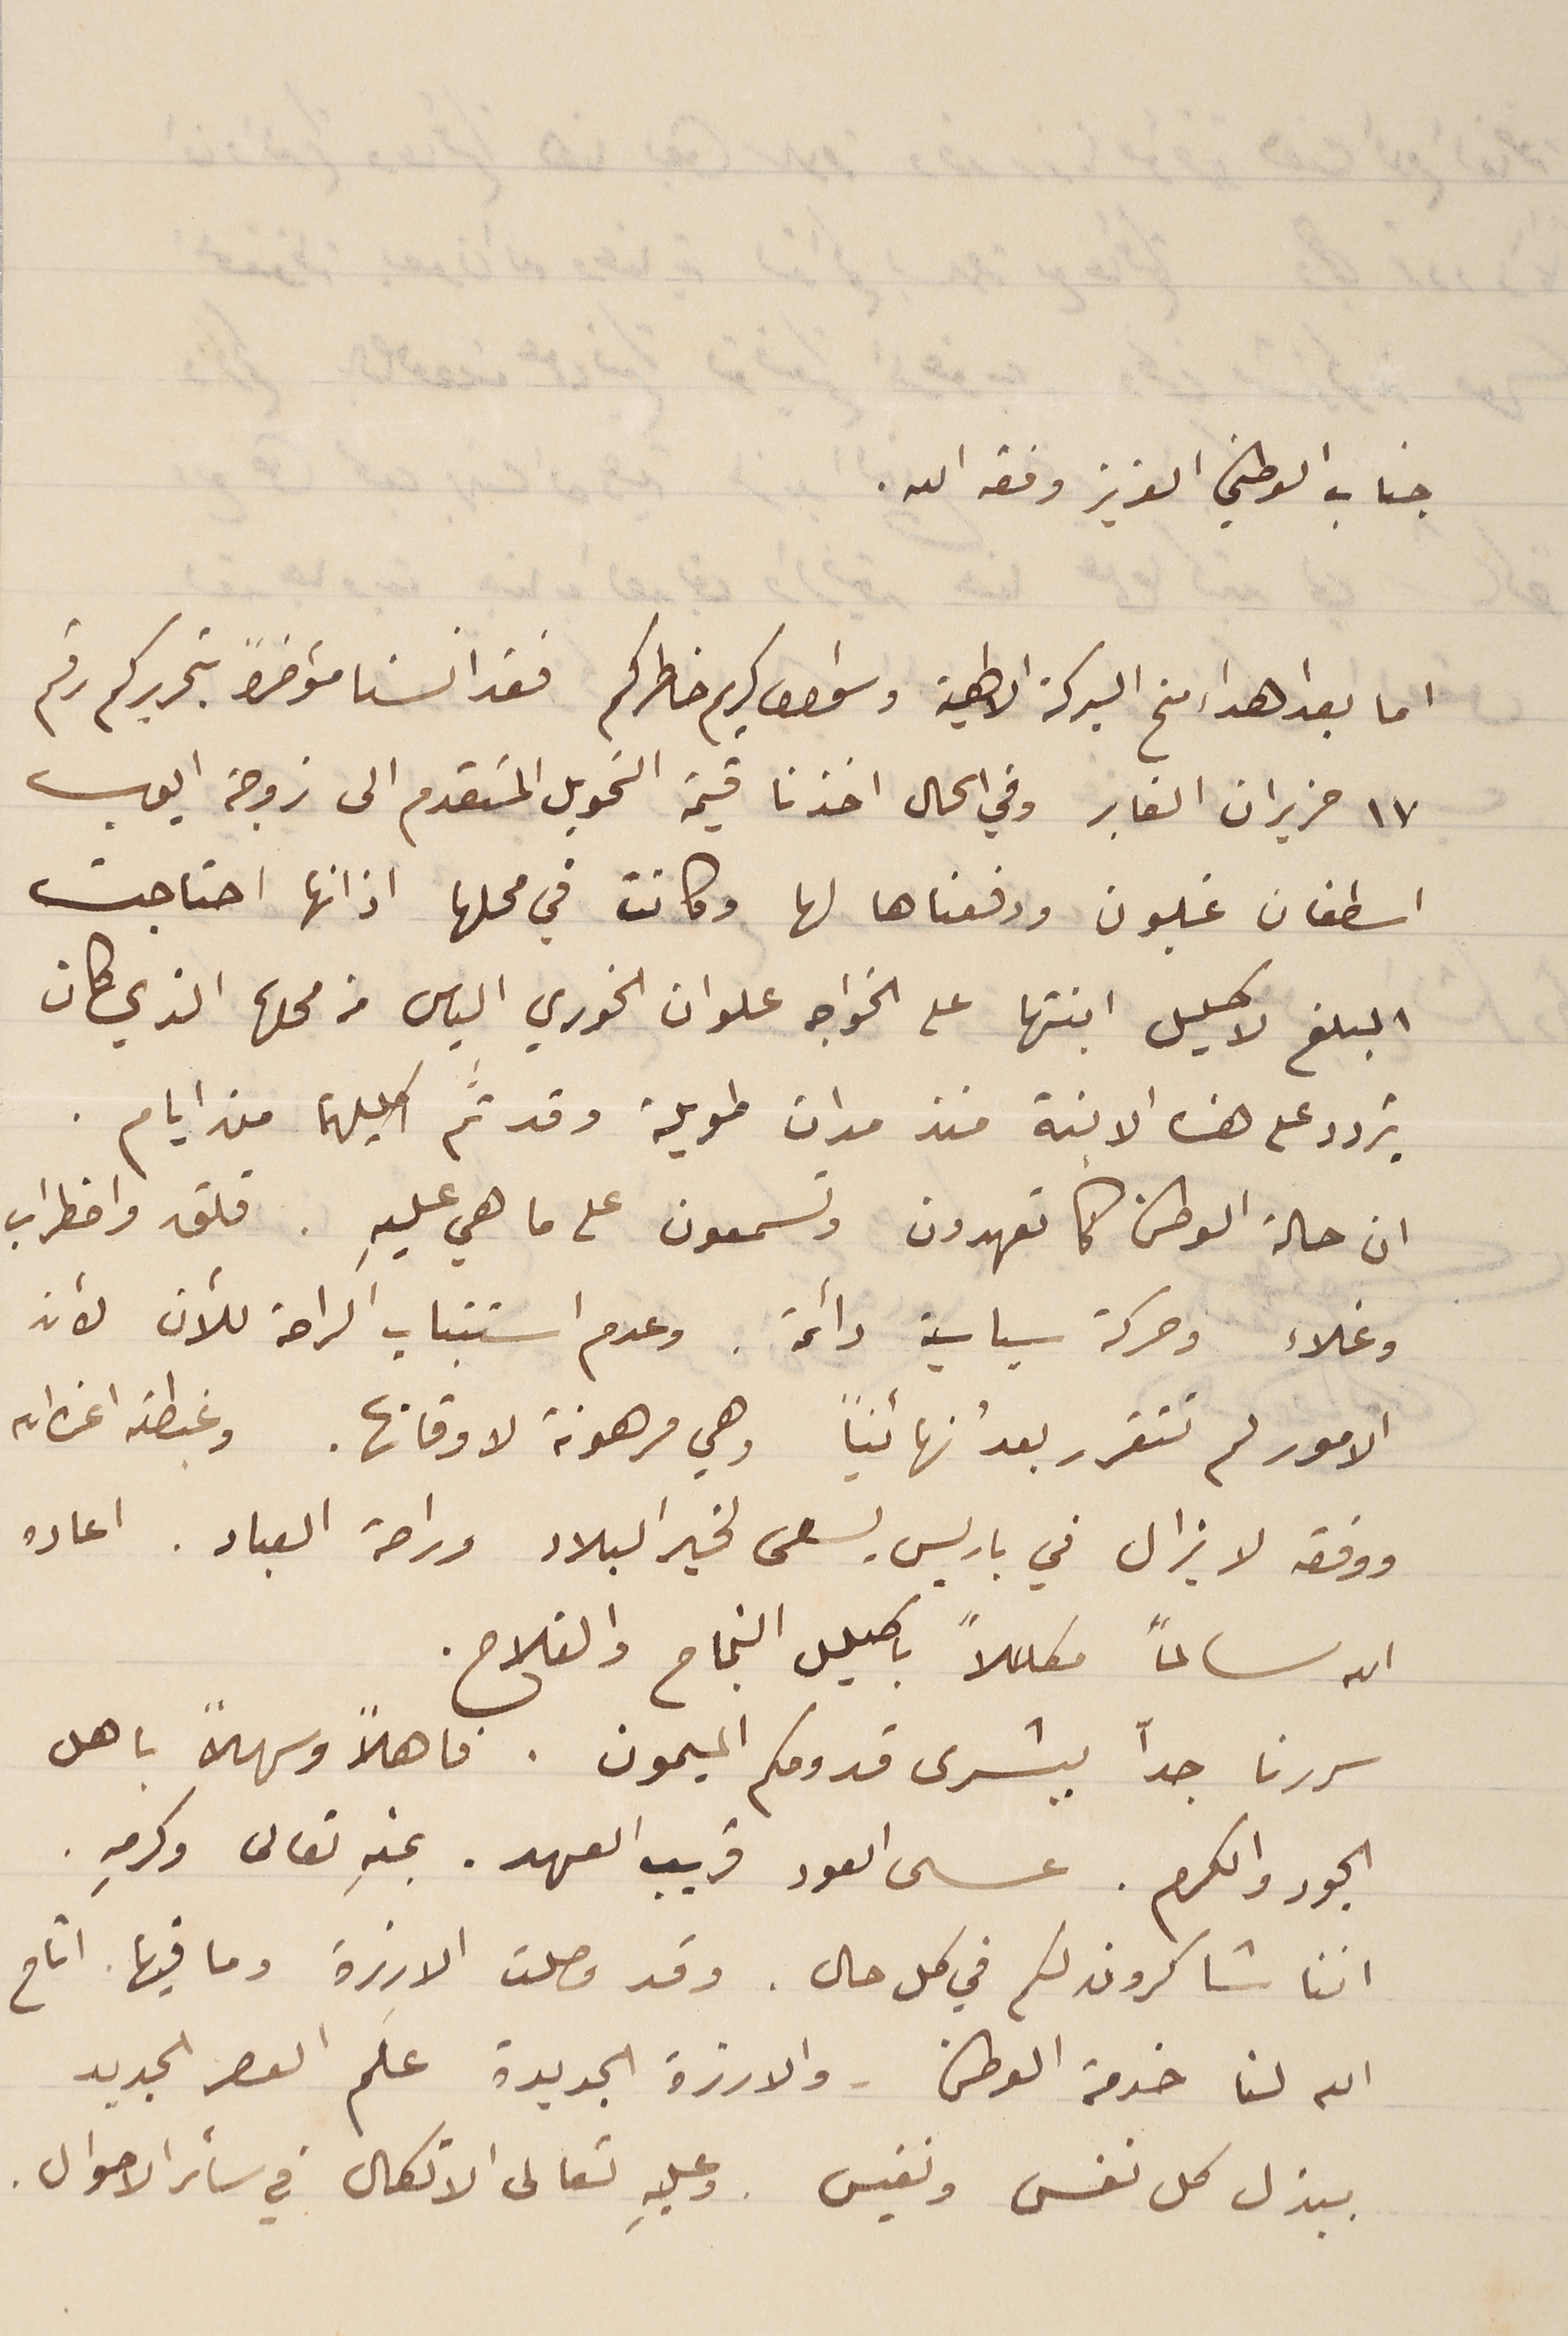
جناب الوطني العزيز وفقه الله.
اما بعد اهداء منح البركة الالهية واشواق كريم خاطركم فقد انسنا مؤاخراً بتحريركم رقم
١٧ حزيران الغابر وفي الحال اخذنا قيمة التحويل المتقدم الى زوجة ايوب
اسطفان غلبون ودفعناها لها وكانت في محلها اذ انها احتاجت
المبلغ لاكليل ابنتها على الخواجه علوان الخوري الياس من محلها الذي كان
يتردد على هذه الابنة منذ مدات طويلة وقد تم اكليلهما من ايام.
ان حالة الوطن كما تعهدون وتسمعون على ما هي عليهِ. قلق واضطراب
وغلاء وحركة سياسية دائمة. وعدم استتباب الراحة للآن لأن
الأمور لم تتقرر بعد نهائيًا وهي مرهونة لاوقاتها. وغبطته اعزه الله
ووفقه لا يزال في باريس يسعى لخير البلاد وراحة العباد. اعاده
الله سالماً مكللاً باكليل النجاح والفلاح.
سررنا جدًا ببشرى قدومكم الميمون. فاهلاً وسهلاً باهل
الجود والكرم. عسى العود قريب العهد. بمنهِ تعالى وكرمهِ.
اننا شاكرون لكم في كل حال. وقد وصلت الارزة وما فيها اتاح
الله لنا خدمة الوطن - والارزة الجديدة علم العصر الجديد
ببذل كل نفس ونفيس. وعليهِ تعالى الاتكال في سائر الاحوال.